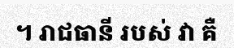
។ រាជធានី របស់ វា គឺ